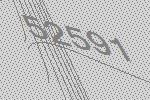
52591